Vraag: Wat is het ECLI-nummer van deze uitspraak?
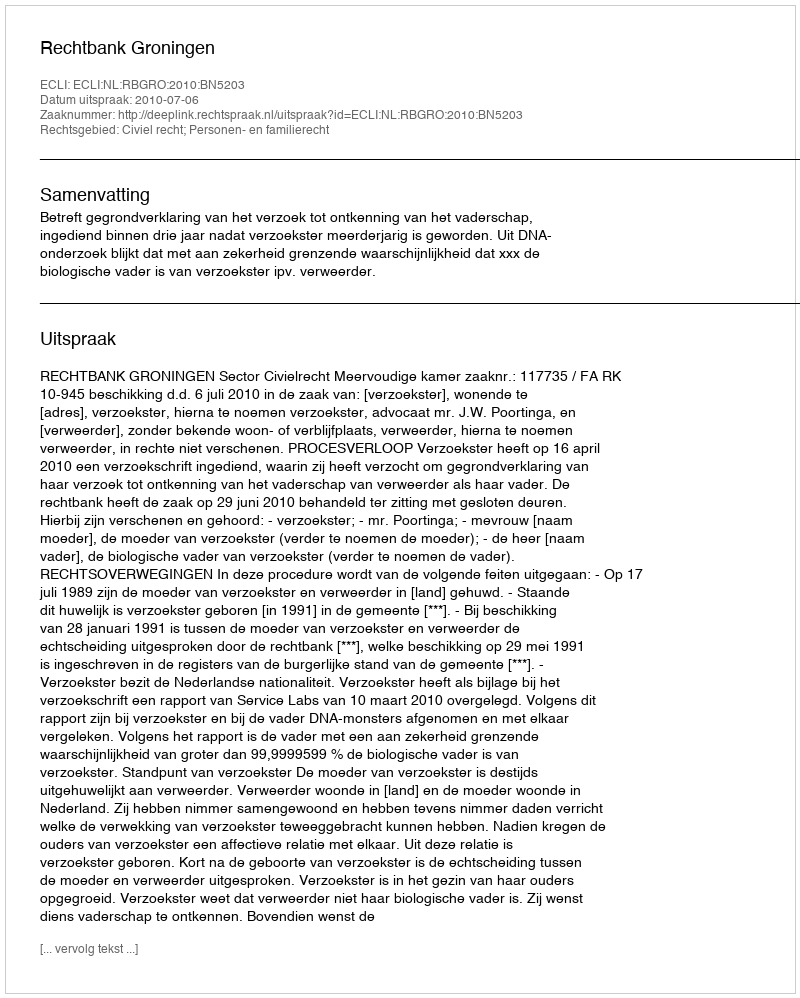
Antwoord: ECLI:NL:RBGRO:2010:BN5203